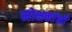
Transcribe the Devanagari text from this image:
मोक्षकांक्षी